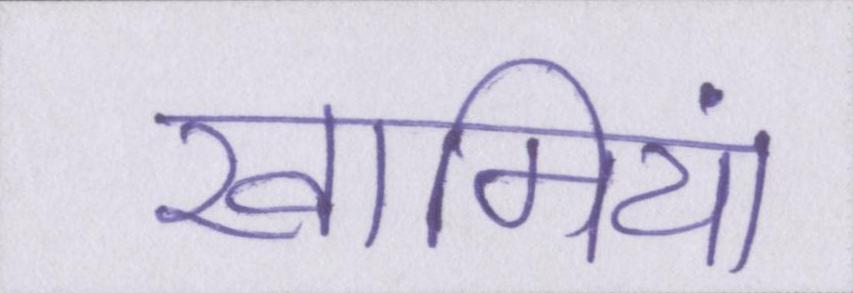
खामियां